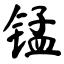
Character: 锰